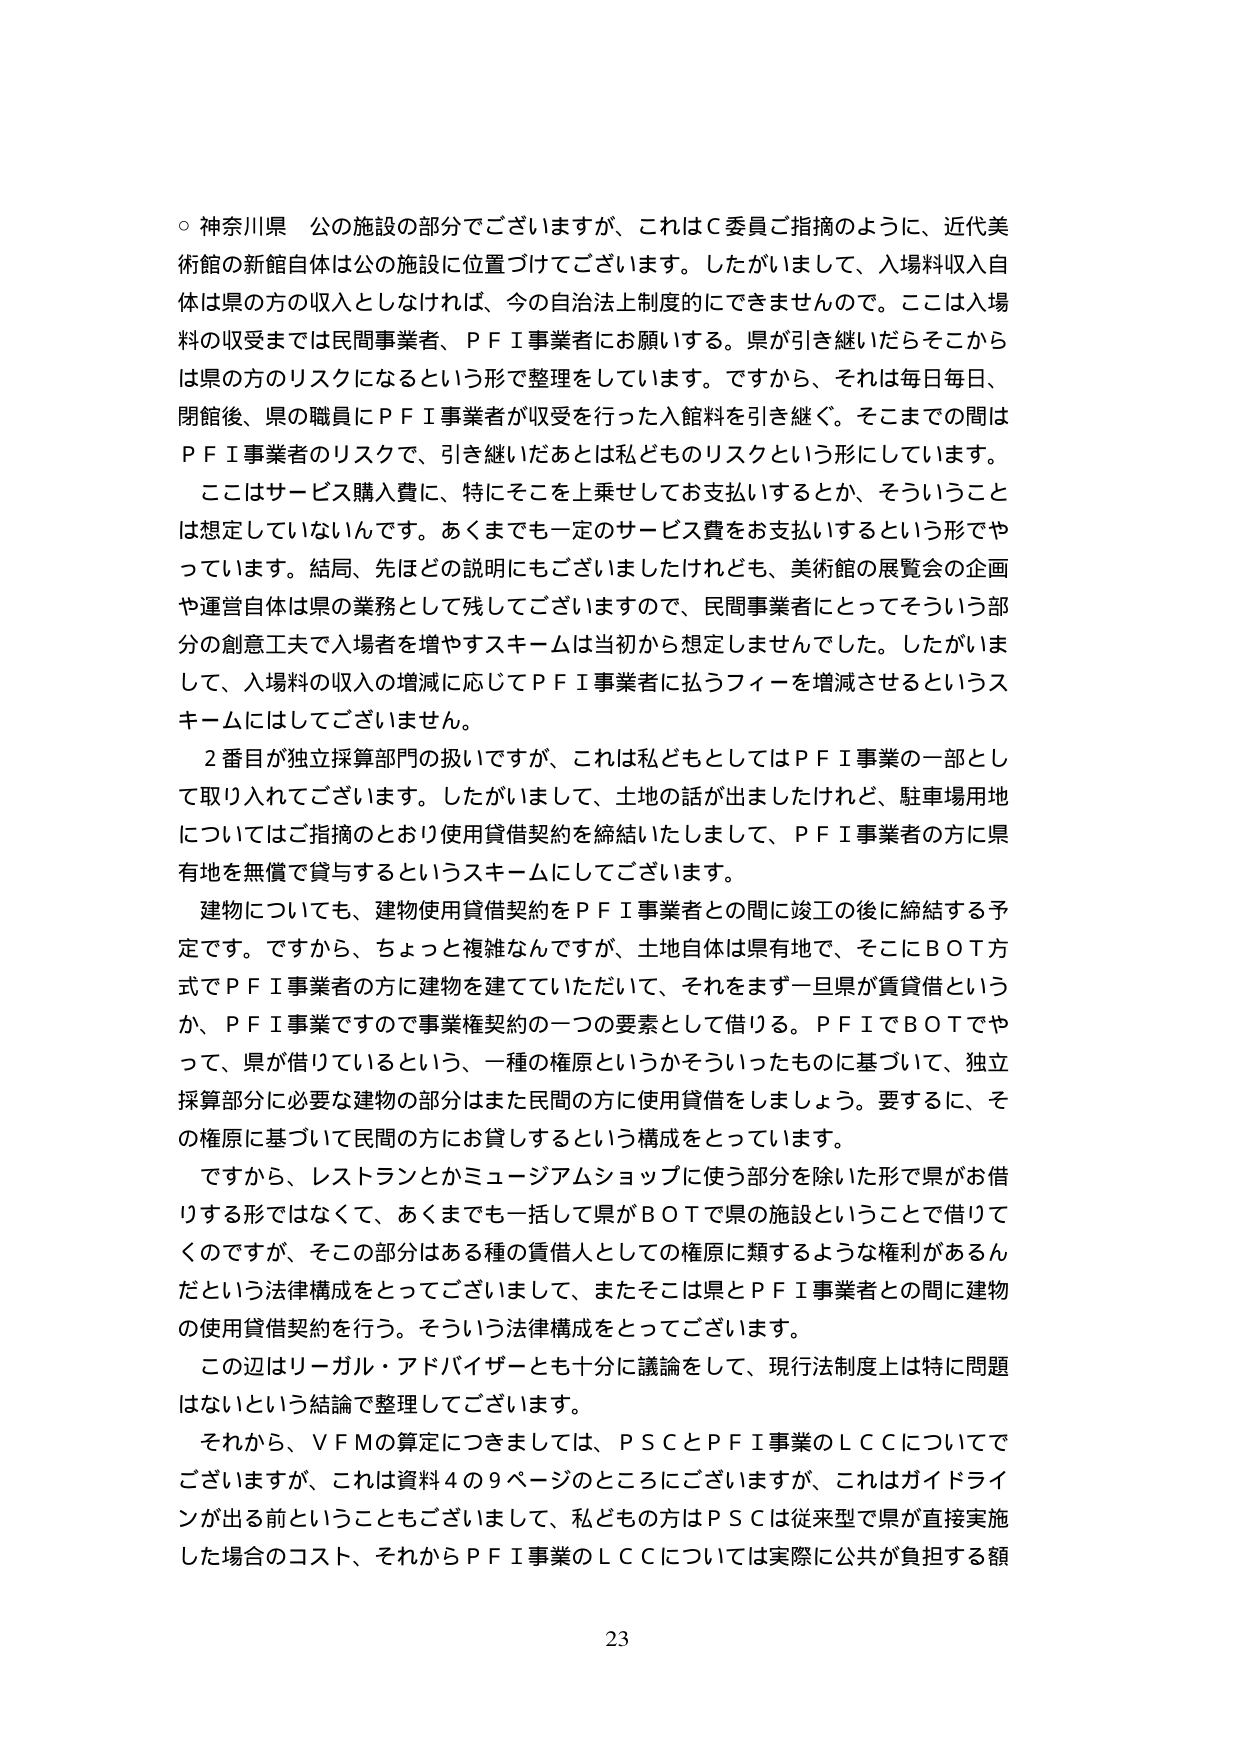
○ 神奈川県 公の施設の部分でございますが、これはＣ委員ご指摘のように、近代美術館の新館自体は公の施設に位置づけてございます。したがいまして、入場料収入自体は県の方の収入としなければ、今の自治法上制度的にできませんので。ここは入場料の収受までは民間事業者、ＰＦＩ事業者にお願いする。県が引き継いだらそこからは県の方のリスクになるという形で整理をしています。ですから、それは毎日毎日、閉館後、県の職員にＰＦＩ事業者が収受を行った入館料を引き継ぐ。そこまでの間はＰＦＩ事業者のリスクで、引き継いだあとは私どものリスクという形にしています。

ここはサービス購入費に、特にそこを上乗せしてお支払いするとか、そういうことは想定していないんです。あくまでも一定のサービス費をお支払いするという形でやっています。結局、先ほどの説明にもございましたけれども、美術館の展覧会の企画や運営自体は県の業務として残してございますので、民間事業者にとってそういう部分の創意工夫で入場者を増やすスキームは当初から想定しませんでした。したがいまして、入場料の収入の増減に応じてＰＦＩ事業者に払うフィーを増減させるというスキームにはしてございません。

２番目が独立採算部門の扱いですが、これは私どもとしてはＰＦＩ事業の一部として取り入れてございます。したがいまして、土地の話が出ましたけれど、駐車場用地についてはご指摘のとおり使用貸借契約を締結いたしまして、ＰＦＩ事業者の方に県有地を無償で貸与するというスキームにしてございます。

建物についても、建物使用貸借契約をＰＦＩ事業者との間に竣工の後に締結する予定です。ですから、ちょっと複雑なんですが、土地自体は県有地で、そこにＢＯＴ方式でＰＦＩ事業者の方に建物を建てていただいて、それをまず一旦県が賃貸借というか、ＰＦＩ事業ですので事業権契約の一つの要素として借りる。ＰＦＩでＢＯＴでやって、県が借りているという、一種の権原というかそういったものに基づいて、独立採算部分に必要な建物の部分はまた民間の方に使用貸借しましょう。要するに、その権原に基づいて民間の方にお貸しするという構成をとっています。

ですから、レストランとかミュージアムショップに使う部分を除いた形で県がお借りする形ではなくて、あくまでも一括して県がＢＯＴで県の施設ということで借りてくのですが、その部分はある種の賃借人としての権原に類するような権利があるんだという法律構成をとってございまして、またそこは県とＰＦＩ事業者との間に建物の使用貸借契約を行う。そういう法律構成をとってございます。

この辺はリーガル・アドバイザーとも十分に議論をして、現行法制度上は特に問題はないという結論で整理してございます。

それから、ＶＦＭの算定につきましては、ＰＳＣとＰＦＩ事業のＬＣＣについてでございますが、これは資料４の９ページのところにございますが、これはガイドラインが出る前ということもございまして、私どもの方はＰＳＣは従来型で県が直接実施した場合のコスト、それからＰＦＩ事業のＬＣＣについては実際に公共が負担する額

23